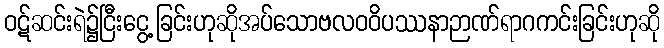
ဝဋ်ဆင်းရဲ၌ငြီးငွေ့ခြင်းဟုဆိုအပ်သောဗလဝဝိပဿနာဉာဏ်ရာဂကင်းခြင်းဟုဆို